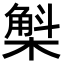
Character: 𣘳